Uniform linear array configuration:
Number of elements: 16
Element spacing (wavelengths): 1
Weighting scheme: exponential
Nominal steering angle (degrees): -30
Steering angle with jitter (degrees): -31.814
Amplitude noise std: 0.05
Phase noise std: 0.05

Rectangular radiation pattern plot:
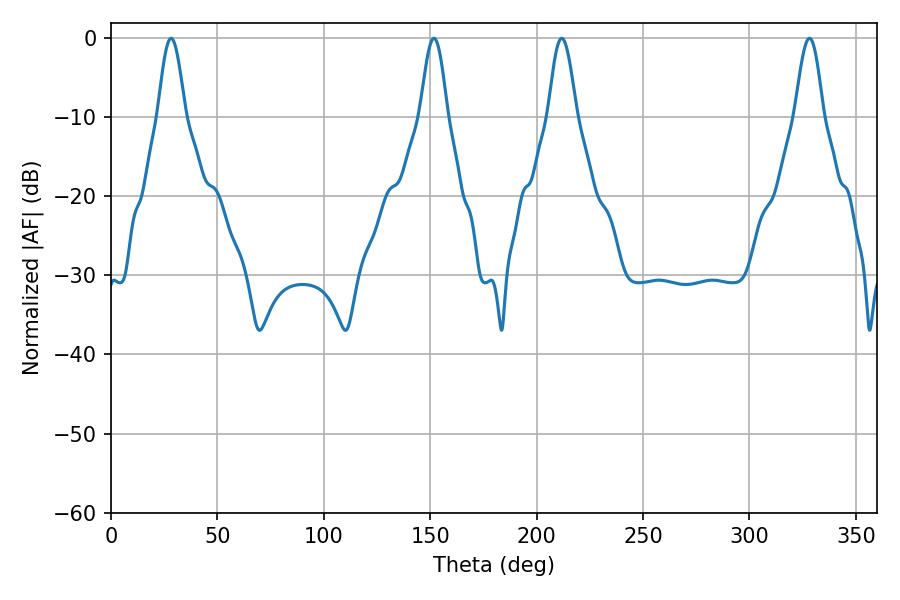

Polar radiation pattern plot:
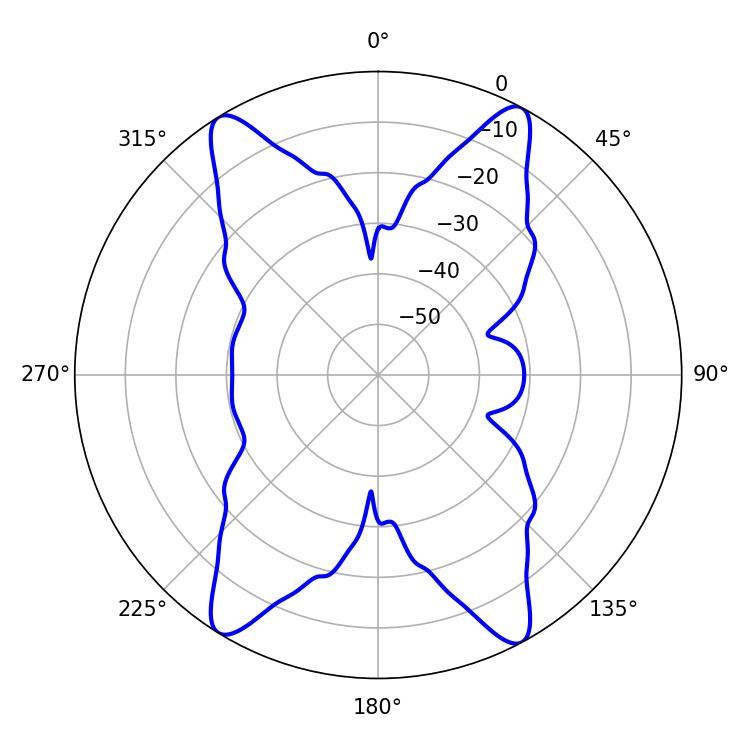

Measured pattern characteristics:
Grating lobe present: TRUE
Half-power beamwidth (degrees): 6.84
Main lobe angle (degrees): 28.26